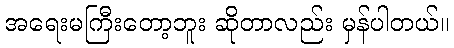
အရေးမကြီးတော့ဘူး ဆိုတာလည်း မှန်ပါတယ်။